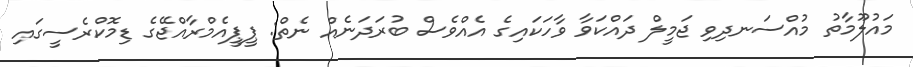
މައުލޫމާތު މުއްސަނދިވި ޖަމީލް ދައްކަވާ ވާހަކައިގެ އެއްވެސް ބުރަދަނެއް ނެތް: ޕީޕީއެމްރާއްޖޭގެ ޑިމޮކްރެސީގައި